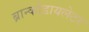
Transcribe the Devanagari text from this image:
ब्रान्कोडायलेटर